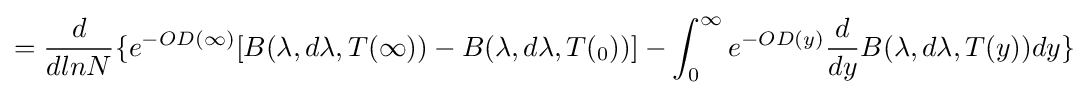
={\frac {d}{dlnN}}\{e^{-OD(\infty )}[B(\lambda ,d\lambda ,T(\infty ))-B(\lambda ,d\lambda ,T(_{0}))]-\int _{0}^{\infty }e^{-OD(y)}{\frac {d}{dy}}B(\lambda ,d\lambda ,T(y))dy\}